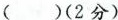
( )(2分)